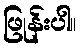
ဖြုန်းပါ။